Statistics compiled by the Government of India from the reports of provincial Civil Veterinary Departments
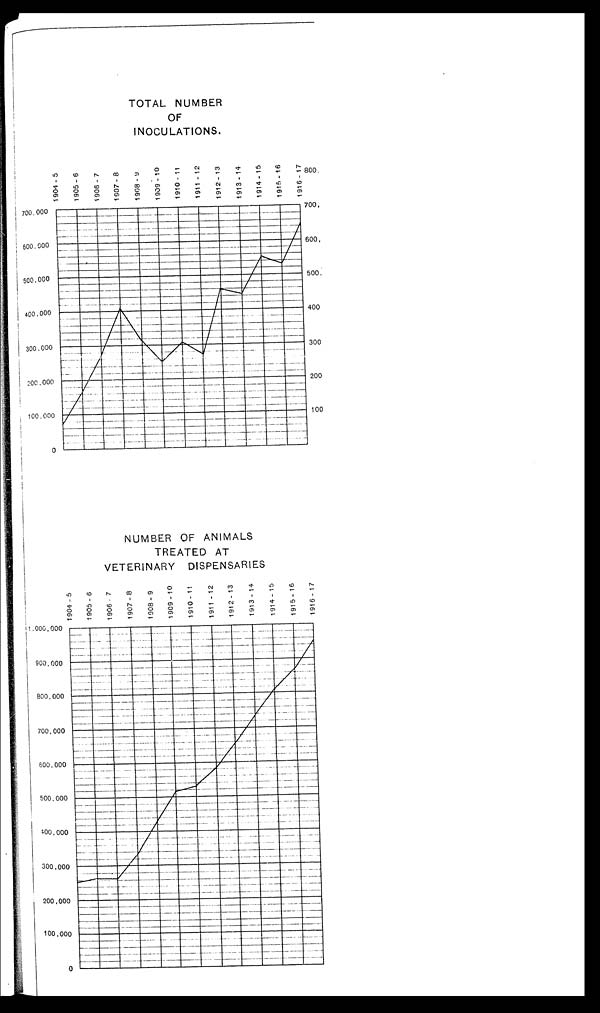
TOTAL NUMBER
OF
INOCULATIONS.
NUMBER OF ANIMALS
TREATED AT
VETERINARY
DISPENSARIES